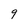
Character: 9